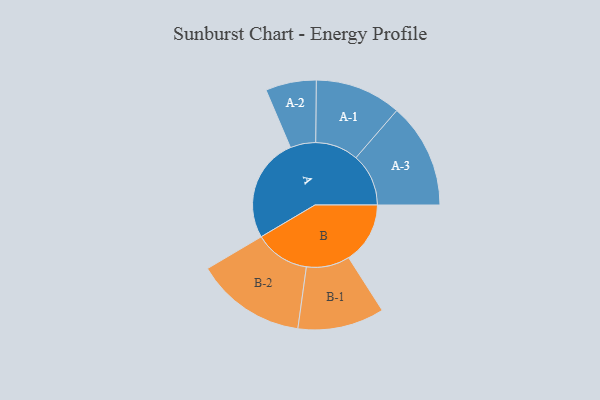
{"axis": {"x": "Segment", "y": "Value"}, "legend": ["", "A", "B"], "data": [{"x": "A", "y": 494, "type": ""}, {"x": "B", "y": 291, "type": ""}, {"x": "A-1", "y": 204, "type": "A"}, {"x": "A-2", "y": 120, "type": "A"}, {"x": "A-3", "y": 249, "type": "A"}, {"x": "B-1", "y": 205, "type": "B"}, {"x": "B-2", "y": 261, "type": "B"}]}